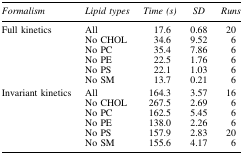
| Formalism | Lipid types | Time (s) | SD | Runs |
 | --- | --- | --- | --- | --- |
 | <ROWSPAN=6> Full kinetics | All | 17.6 | 0.68 | 20 |
 | No CHOL | 34.6 | 9.52 | 6 |
 | No PC | 35.4 | 7.86 | 6 |
 | No PE | 22.5 | 1.76 | 6 |
 | No PS | 22.1 | 1.03 | 6 |
 | No SM | 13.7 | 0.21 | 6 |
 | <ROWSPAN=6> Invariant kinetics | All | 164.3 | 3.57 | 16 |
 | No CHOL | 267.5 | 2.69 | 6 |
 | No PC | 162.5 | 5.45 | 6 |
 | No PE | 138.0 | 2.26 | 6 |
 | No PS | 157.9 | 2.83 | 20 |
 | No SM | 155.6 | 4.17 | 6 |